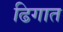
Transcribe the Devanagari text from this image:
ढिगात